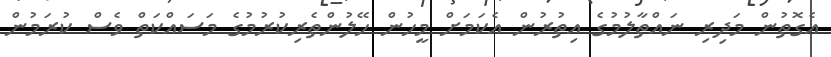
އެގޮތުން މަދިރި ނައްތާލުމުގެ އިތުރުން އެކަމަށް މީހުން ހޭލުންތެރިކުރުމުގެ މަސައްކަތް ވެސް ކުރަމުން